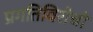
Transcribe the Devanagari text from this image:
प्रगतिविरोधी